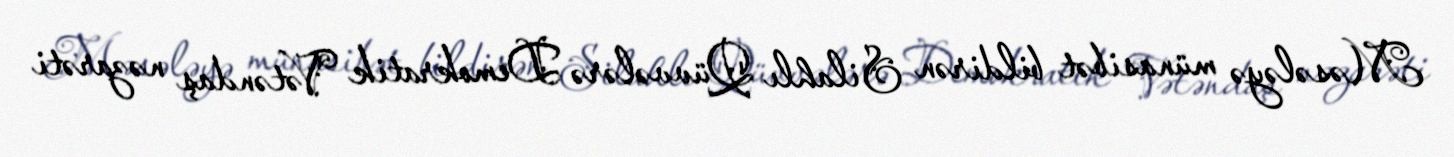
Məsələyə münasibət bildirən Silahlı Qüvvələrə Demokratik Vətəndaş nəzarəti